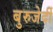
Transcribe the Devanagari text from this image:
बुरुजेर्दी